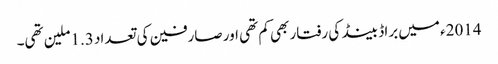
2014ء میں براڈ بینڈ کی رفتار بھی کم تھی اور صارفین کی تعداد 1.3ملین تھی۔